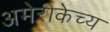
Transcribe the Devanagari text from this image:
अमेरीकेच्य